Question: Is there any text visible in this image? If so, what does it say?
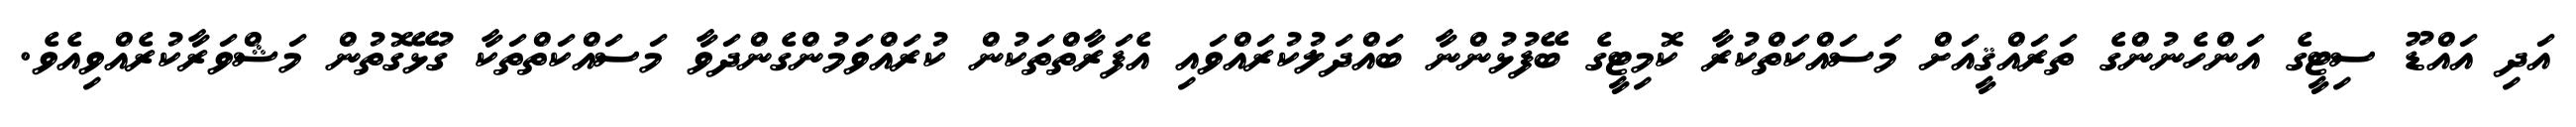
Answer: އަދި އައްޑޫ ސިޓީގެ އަންހެނުންގެ ތަރައްޤީއަށް މަސައްކަތްކުރާ ކޮމިޓީގެ ބޭފުޅުންނާ ބައްދަލުކުރައްވައި އެފަރާތްތަކުން ކުރައްވަމުންގެންދަވާ މަސައްކަތްތަކާ ގުޅޭގޮތުން މަޝްވަރާކުރެއްވިއެވެ.